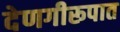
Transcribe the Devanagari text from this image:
देणगीरूपात